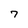
Character: 7